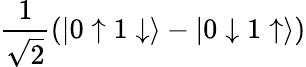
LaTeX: \frac{1}{\sqrt{2}}\left(|0\uparrow 1\downarrow\rangle-|0\downarrow 1\uparrow\rangle\right)